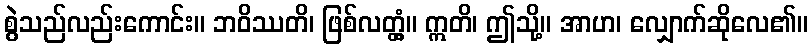
စွဲသည်လည်းကောင်း။ ဘဝိဿတိ၊ ဖြစ်လတ္တံ့။ ဣတိ၊ ဤသို့။ အာဟ၊ လျှောက်ဆိုလေ၏။